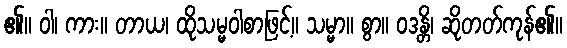
၏။ ဝါ၊ ကား။ တာယ၊ ထိုသမ္မဝါစာဖြင့်။ သမ္မာ။ စွာ။ ဝဒန္တိ၊ ဆိုတတ်ကုန်၏။